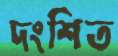
দংশিত